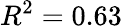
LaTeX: R^{2}=0.63